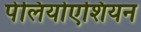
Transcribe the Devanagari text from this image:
पेलियोएशियन